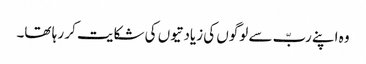
وہ اپنے ربّ سے لوگوں کی زیادتیوں کی شکایت کر ر ہا تھا۔